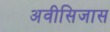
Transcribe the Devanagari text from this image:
अवीसिजास